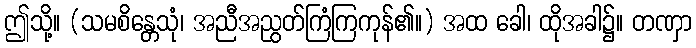
ဤသို့။ (သမစိန္တေသုံ၊ အညီအညွတ်ကြံကြကုန်၏။) အထ ခေါ၊ ထိုအခါ၌။ တဏှာ